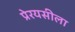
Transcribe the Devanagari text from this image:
प्रेरयसीला